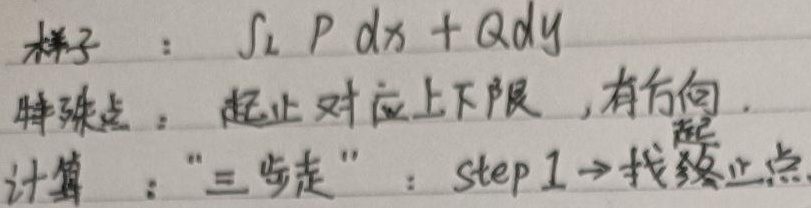
样子：\(\int_{L}Pdx + Qdy\)
特殊点：起止对应上下限，有方向。
计算：“三步走”：step 1→找终止点。